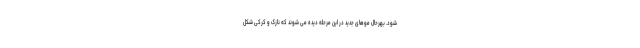
شود. بهرحال موهای جدید در این مرحله دیده می شوند که نازک و کرکی شکل